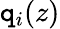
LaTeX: \mathtt{q}_{i}(z)